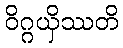
ဝိဂ္ဂယှိဿတိ